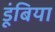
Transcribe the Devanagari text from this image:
डूंबिया